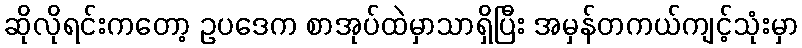
ဆိုလိုရင်းကတော့ ဥပဒေက စာအုပ်ထဲမှာသာရှိပြီး အမှန်တကယ်ကျင့်သုံးမှာ